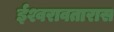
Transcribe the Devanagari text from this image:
ईश्वरावतारास